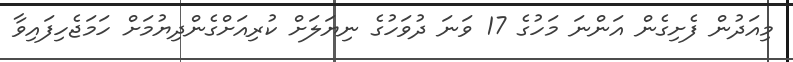
މިއަދުން ފެށިގެން އަންނަ މަހުގެ 17 ވަނަ ދުވަހުގެ ނިޔަލަށް ކުރިއަށްގެންދިޔުމަށް ހަމަޖެހިފައިވާ